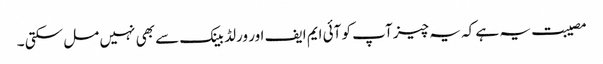
مصیبت یہ ہے کہ یہ چیز آپ کو آئی ایم ایف اور ورلڈ بینک سے بھی نہیں مل سکتی ۔